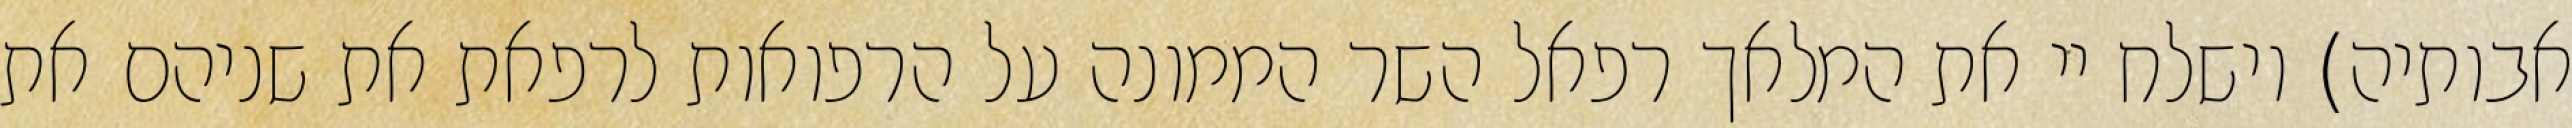
אבותיה) וישלח יי את המלאך רפאל השר הממונה על הרפואות לרפאת את שניהם את